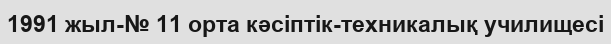
1991 жыл-№ 11 орта кәсіптік-техникалық училищесі